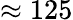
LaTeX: \approx 125